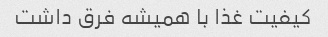
کیفیت غذا با همیشه فرق داشت